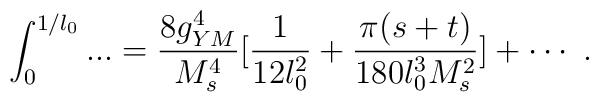
\int_{0}^{1/l_0}...={8 g_{YM}^4 \over M_s^4}[{{1}\over{12l_0^2}}+{\pi (s+t) \over 180 l_0^3M_s^2}] + \cdots \ .